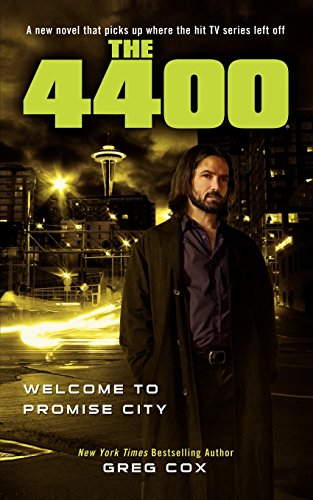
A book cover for The 4400: Welcome to Promise City; Greg Cox; Science Fiction & Fantasy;